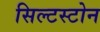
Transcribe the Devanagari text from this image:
सिल्टस्टोन